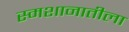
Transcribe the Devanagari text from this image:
स्मशानातीला